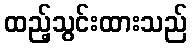
ထည့်သွင်းထားသည်